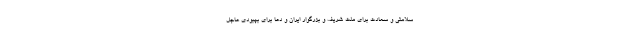
سلامتی و سعادت برای ملت شریف و بزرگوار ایران و دعا برای بهبودی عاجل